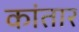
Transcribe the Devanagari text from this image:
कांतार